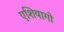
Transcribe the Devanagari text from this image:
एशियागो